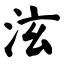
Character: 泫